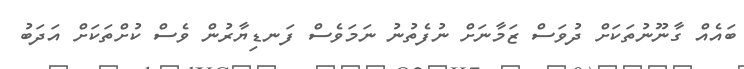
ބައެއް ގާނޫނުތަކަށް ދުވަސް ޒަމާނަށް ނުފެތުނު ނަމަވެސް ފަނޑިޔާރުން ވެސް ކުށްތަކަށް އަދަބު